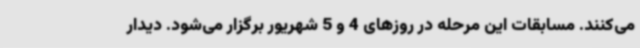
می‌کنند. مسابقات این مرحله در روزهای 4 و 5 شهریور برگزار می‌شود. دیدار